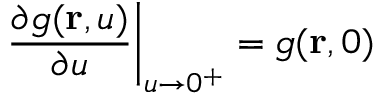
\left. \frac { \partial g ( \mathbf { r } , u ) } { \partial u } \right\vert _ { u \rightarrow 0 ^ { + } } = g ( \mathbf { r } , 0 )